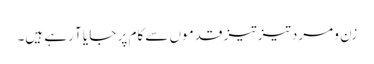
زن و مرد تیز تیز قدموں سے کام پر جا یا آ رہے ہیں۔